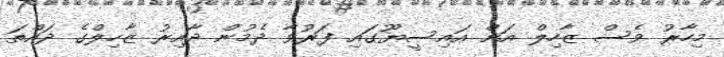
މިހާރު ވެސް ޒާހިލް އަށް އައިސީޔޫގައި ފަރުވާ ދެމުން ދާއިރު ޒާހިލްގެ ދައްތަ